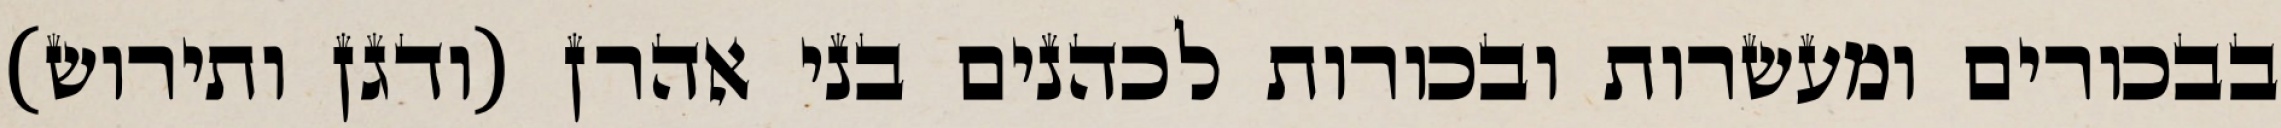
בבכורים ומעשרות ובכורות לכהנים בני אהרן (ודגן ותירוש)